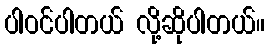
ပါဝင်ပါတယ် လို့ဆိုပါတယ်။